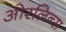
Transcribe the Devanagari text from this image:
ओरलिन्स